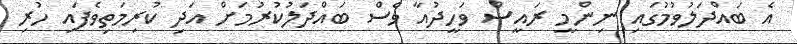
އެ ބައްދަލުވުމުގައި ނިންމީ ރައީސް ވަހީދުއާ ވެސް ބައްދަލުކުރުމަށް އަދި ކުރިމަތިވެފައި ހުރި